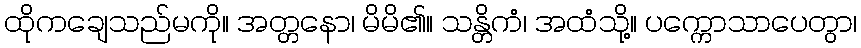
ထိုကချေသည်မကို။ အတ္တနော၊ မိမိ၏။ သန္တိကံ၊ အထံသို့။ ပက္ကောသာပေတွာ၊